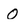
Character: 0